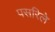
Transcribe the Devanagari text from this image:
पसरिले